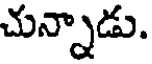
చున్నాడు.